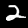
Digit: 2